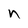
Character: n